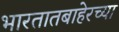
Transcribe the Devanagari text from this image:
भारतातबाहेरच्या